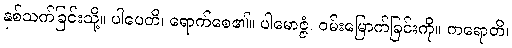
နှစ်သက်ခြင်းသို့။ ပါပေတိ၊ ရောက်စေ၏။ ပါမောဇ္ဇံ၊ ဝမ်းမြောက်ခြင်းကို။ ကရောတိ၊